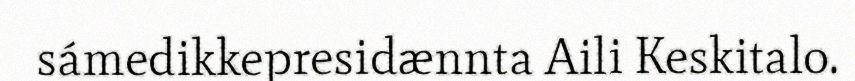
sámedikkepresidænnta Aili Keskitalo.